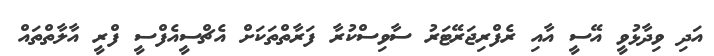
އަދި ވިދާޅުވީ އޭސީ އާއި ރެފްރިޖަރޭޓަރު ސާވިސްކުރާ ފަރާތްތަކަށް އެޗްސީއެފްސީ ފްރީ އާލާތްތައް